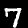
Digit: 7